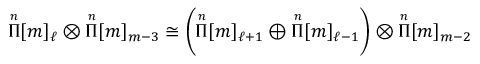
{ \overset { \scriptscriptstyle n } { \Pi } } [ m ] _ { \ell } \otimes { \overset { \scriptscriptstyle n } { \Pi } } [ m ] _ { m - 3 } \cong \left( { \overset { \scriptscriptstyle n } { \Pi } } [ m ] _ { \ell + 1 } \oplus { \overset { \scriptscriptstyle n } { \Pi } } [ m ] _ { \ell - 1 } \right) \otimes { \overset { \scriptscriptstyle n } { \Pi } } [ m ] _ { m - 2 }